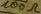
Text: 100Ω